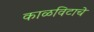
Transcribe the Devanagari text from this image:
काळविटाचे